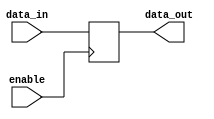
module enable_latch (
  input enable,
  input data_in,
  output reg data_out
);

always @(posedge enable) begin
  if (enable) begin
    data_out <= data_in;
  end
end

endmodule